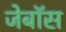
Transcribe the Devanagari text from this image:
जेबॉस